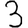
Digit: 3